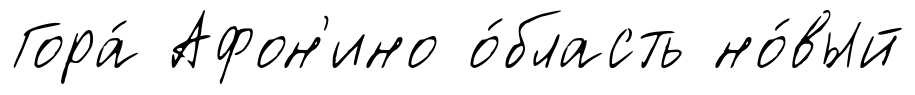
Гора́ Афон'ино о́бласть но́вый